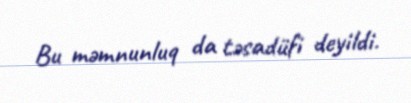
Bu məmnunluq da təsadüfi deyildi.